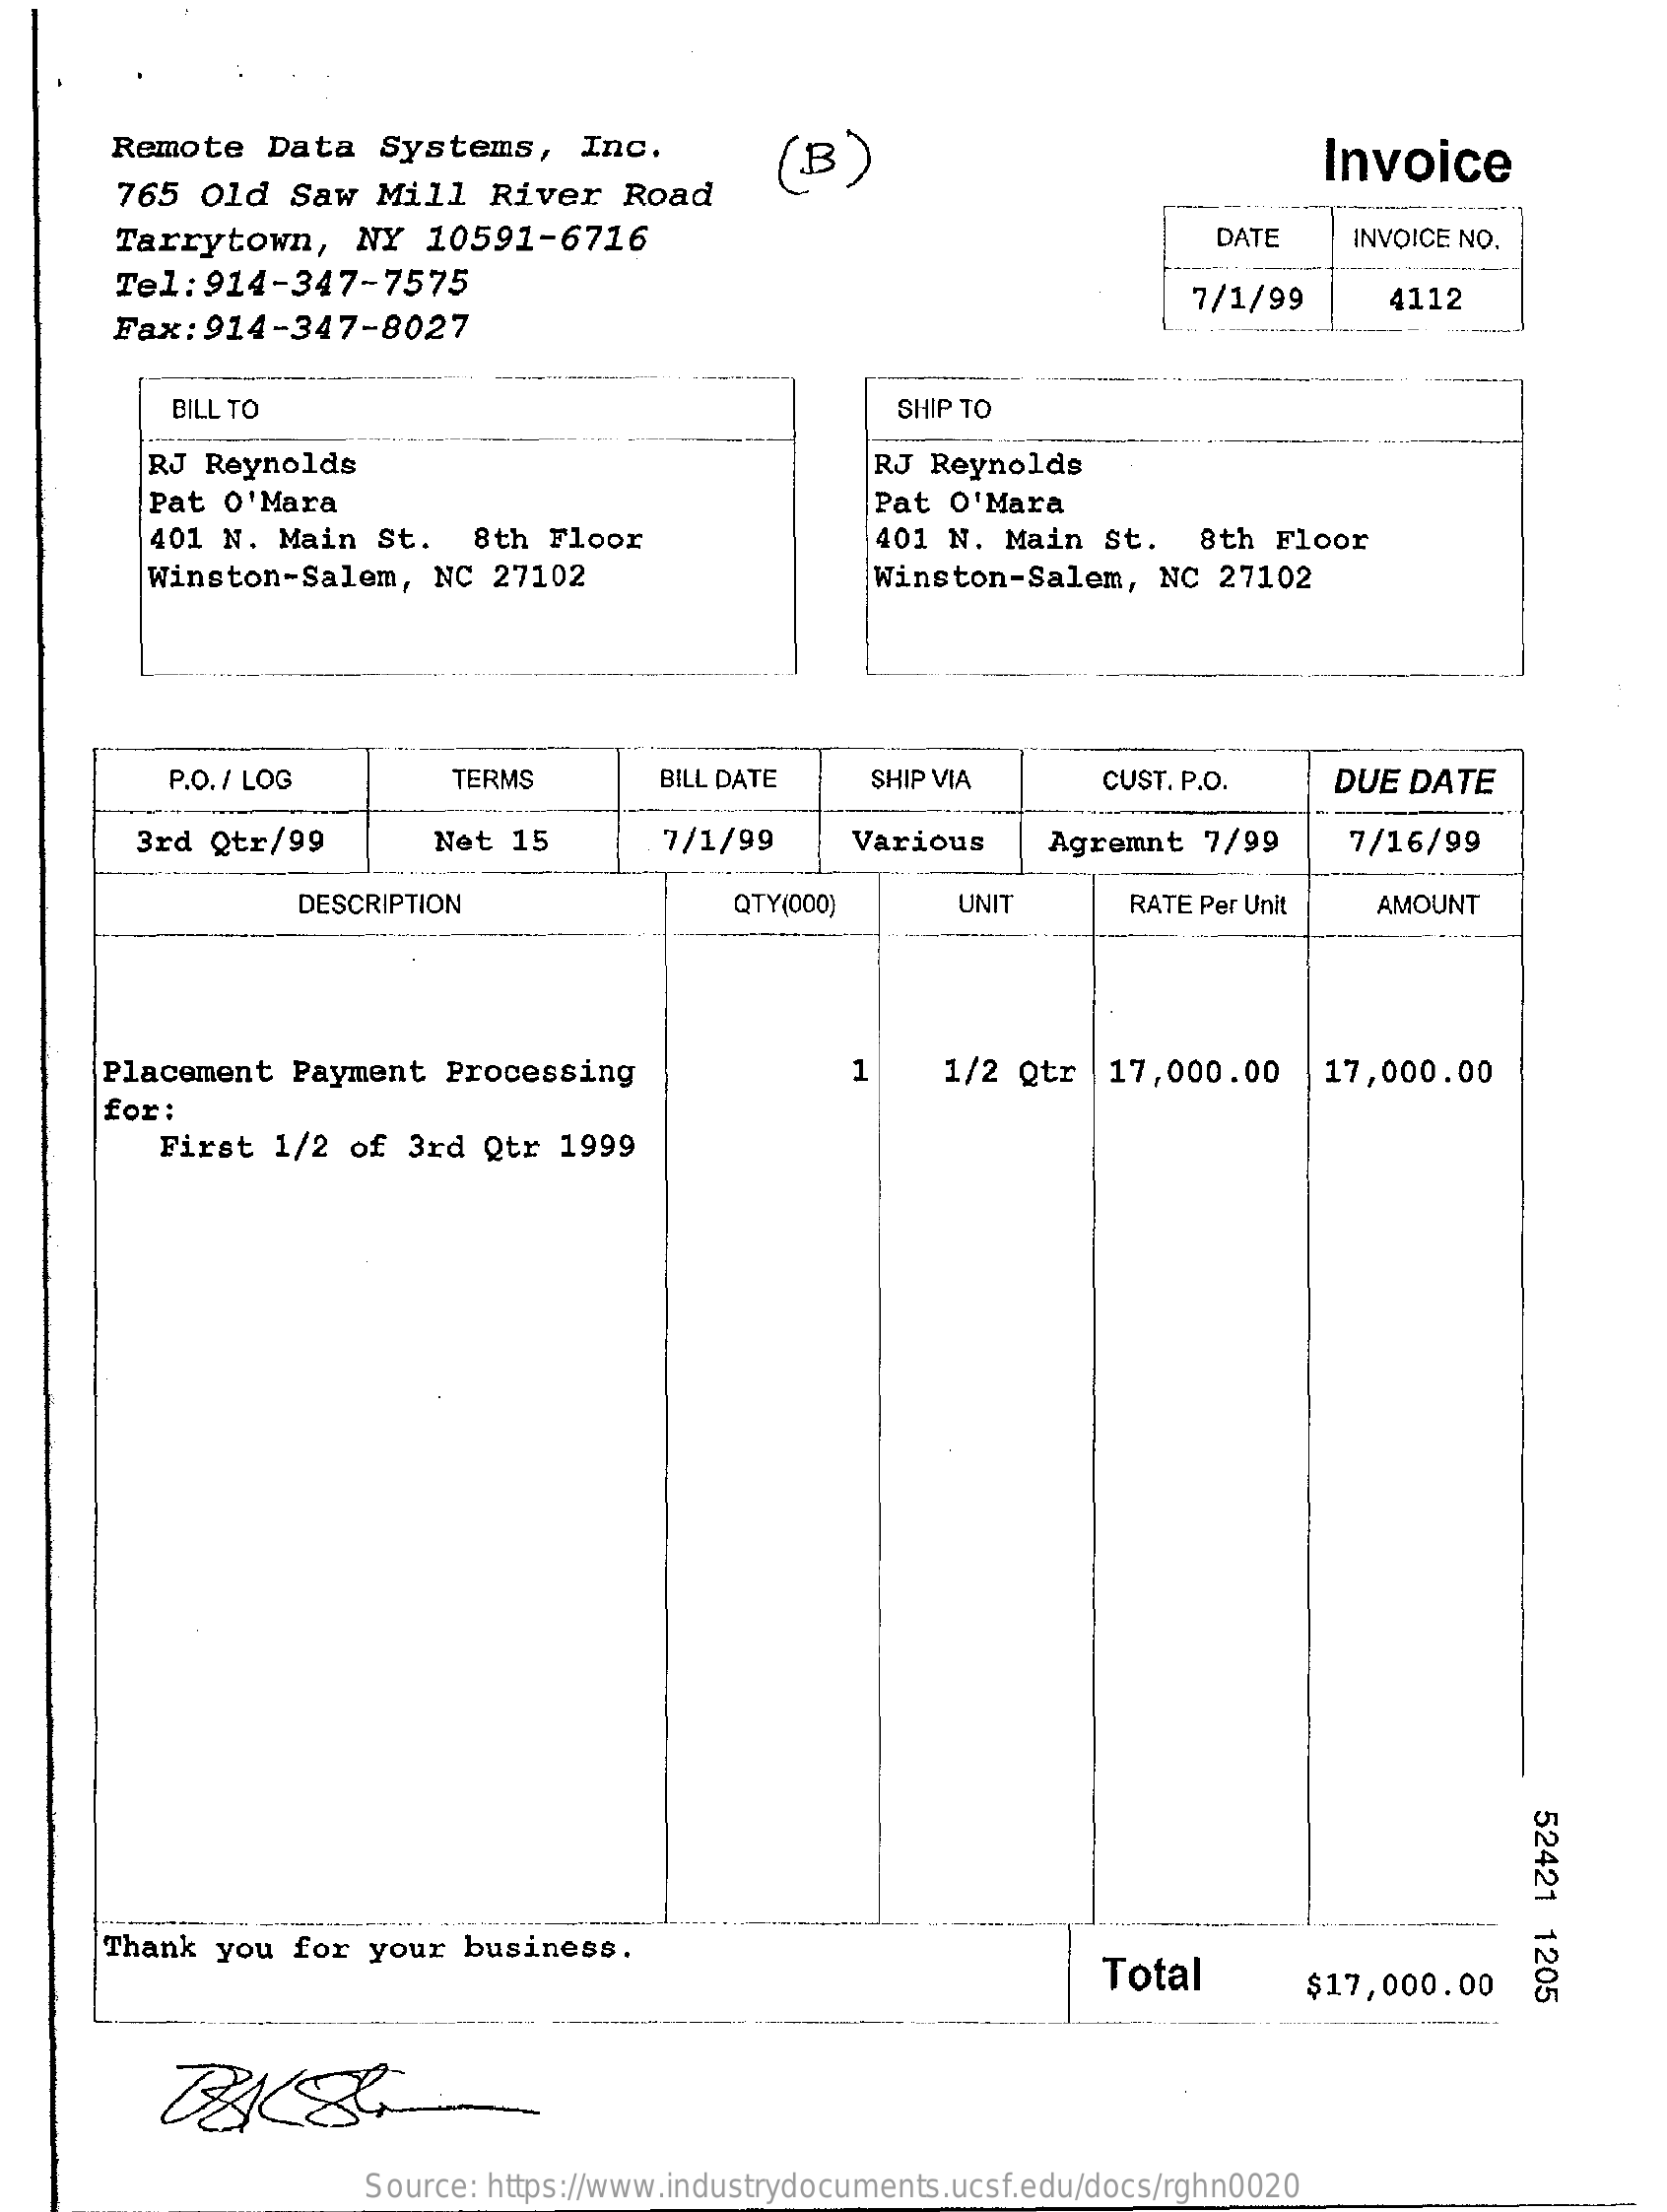
Remote    Data   Systems,    Inc.    ( B )    Invoice
     765  Old  Saw   Mill   River   Road
     Tarrytown,    NY   10591-6716    DATE    INVOICE NO.
     Tel:914-347-7575
     Fax: 914-347-8027
     7/1/99    4112
     BILL TO    SHIP TO
     RJ Reynolds    RJ  Reynolds
     Pat O'Mara    Pat  O'Mara
     401 N.  Main  St.   8th Floor    401  N. Main   St.   8th Floor
     Winston-Salem,   NC  27102    Winston-Salem,    NC  27102
     P.O. / LOG    TERMS    BILL DATE    SHIP VIA    CUST. P.O.    DUE DATE
     3rd Qtr/99    Net  15    7/1/99    Various    Agremnt  7/99    7/16/99
     DESCRIPTION    QTY(000)    UNIT    RATE Per Unit  AMOUNT
     Placement  Payment   Processing    1    1/2 Qtr   17,000.00    17,000.00
     for:
     First  1/2  of  3rd  Qtr  1999
     52421
     1205 Thank you for your business.
     Total    $17,000.00
     Source: https://www.industrydocuments.ucsf.edu/docs/rghn0020